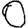
Digit: 0